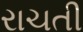
રાચતી